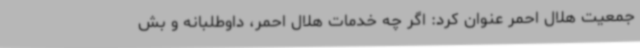
جمعیت هلال احمر عنوان کرد: اگر چه خدمات هلال احمر، داوطلبانه و بش